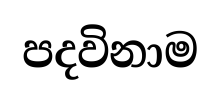
පදවිනාම